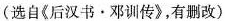
〔选自《后汉书。邓训传》，有删改)